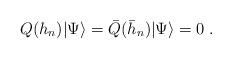
LaTeX: \begin{align*}Q(h_{n})|\Psi\rangle=\bar{Q}(\bar{h}_{n})|\Psi\rangle=0\;.\end{align*}